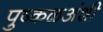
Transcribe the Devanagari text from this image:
पुष्कळअंशी